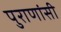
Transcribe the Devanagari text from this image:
पुराणांसी